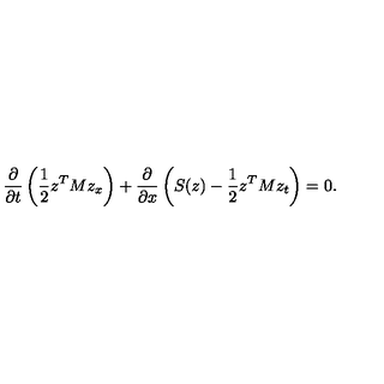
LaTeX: \frac { \partial } { \partial t } \left( \frac { 1 } { 2 } z ^ { T } M z _ { x } \right) + \frac { \partial } { \partial x } \left( S ( z ) - \frac { 1 } { 2 } z ^ { T } M z _ { t } \right) = 0 .